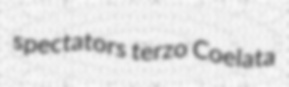
spectators terzo Coelata